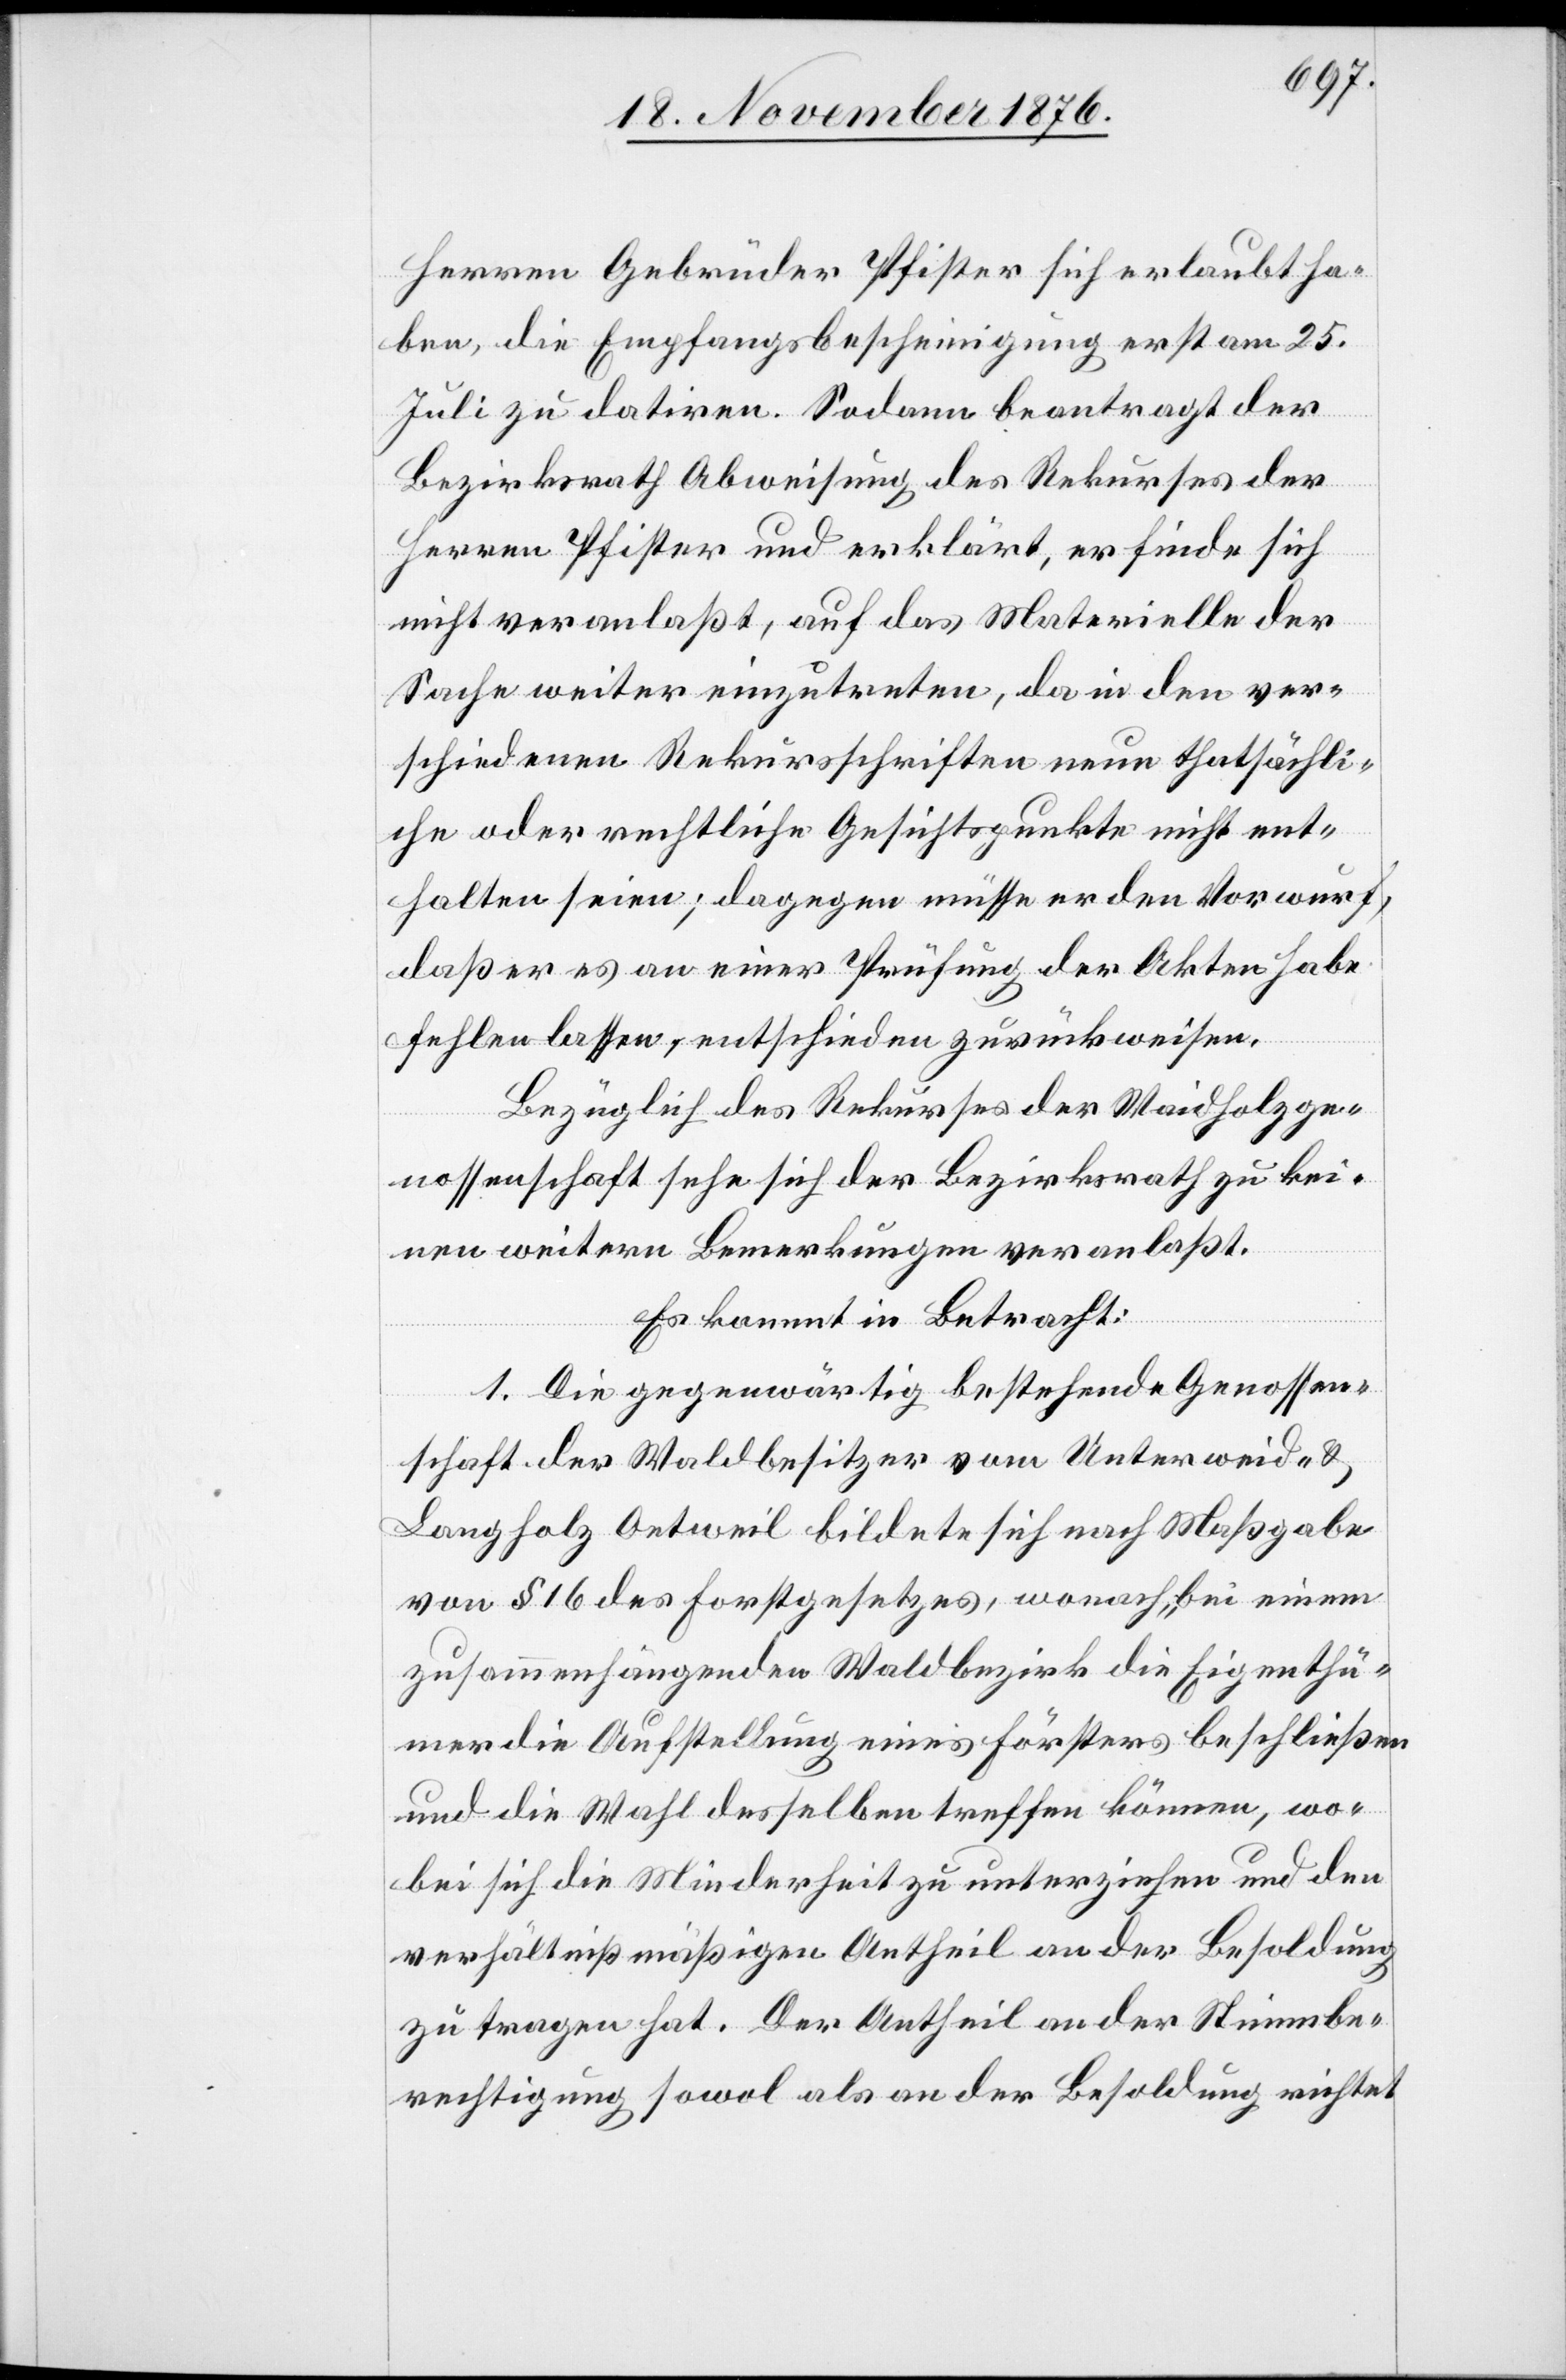
Herren Gebrüder Pfister sich erlaubt ha¬
ben, die Empfangsbescheinigung erst am 25.
Juli zu datiren. Sodann beantragt der
Bezirksrath Abweisung des Rekurses der
Herren Pfister und erklärt, er finde sich
nicht veranlaßt, auf das Materielle der
Sache weiter einzutreten, da in den ver¬
schiedenen Rekursschriften neue thatsächli¬
che oder rechtliche Gesichtspunkte nicht ent¬
halten seien; dagegen müsse er den Vorwurf,
daß er es an einer Prüfung der Akten habe
fehlen lassen, entschieden zurückweisen.
Bezüglich des Rekurses der Waidholzge¬
nossenschaft sehe sich der Bezirksrath zu kei¬
nen weitern Bemerkungen veranlaßt.
Es kommt in Betracht:
1. Die gegenwärtig bestehende Genossen¬
schaft der Waldbesitzer vom Unterweid- &
Langholz Oetweil bildete sich nach Maßgabe
von § 16 des Forstgesetzes, wonach „bei einem
zusammenhängenden Waldbezirk die Eigenthü¬
mer die Aufstellung eines Försters beschließen
und die Wahl desselben treffen können, wo¬
bei sich die Minderheit zu unterziehen und den
verhältnißmäßigen Antheil an der Besoldung
zu tragen hat. Der Antheil an der Stimmbe¬
rechtigung sowol als an der Besoldung richtet